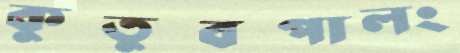
কুতুবপালং